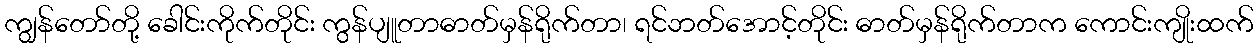
ကျွန်တော်တို့ ခေါင်းကိုက်တိုင်း ကွန်ပျူတာဓာတ်မှန်ရိုက်တာ၊ ရင်ဘတ်အောင့်တိုင်း ဓာတ်မှန်ရိုက်တာက ကောင်းကျိုးထက်